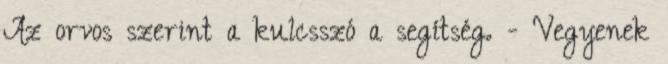
Az orvos szerint a kulcsszó a segítség. - Vegyenek